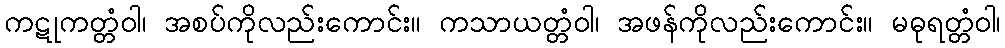
ကဋုကတ္တံဝါ၊ အစပ်ကိုလည်းကောင်း။ ကသာယတ္တံဝါ၊ အဖန်ကိုလည်းကောင်း။ မဓုရတ္တံဝါ၊